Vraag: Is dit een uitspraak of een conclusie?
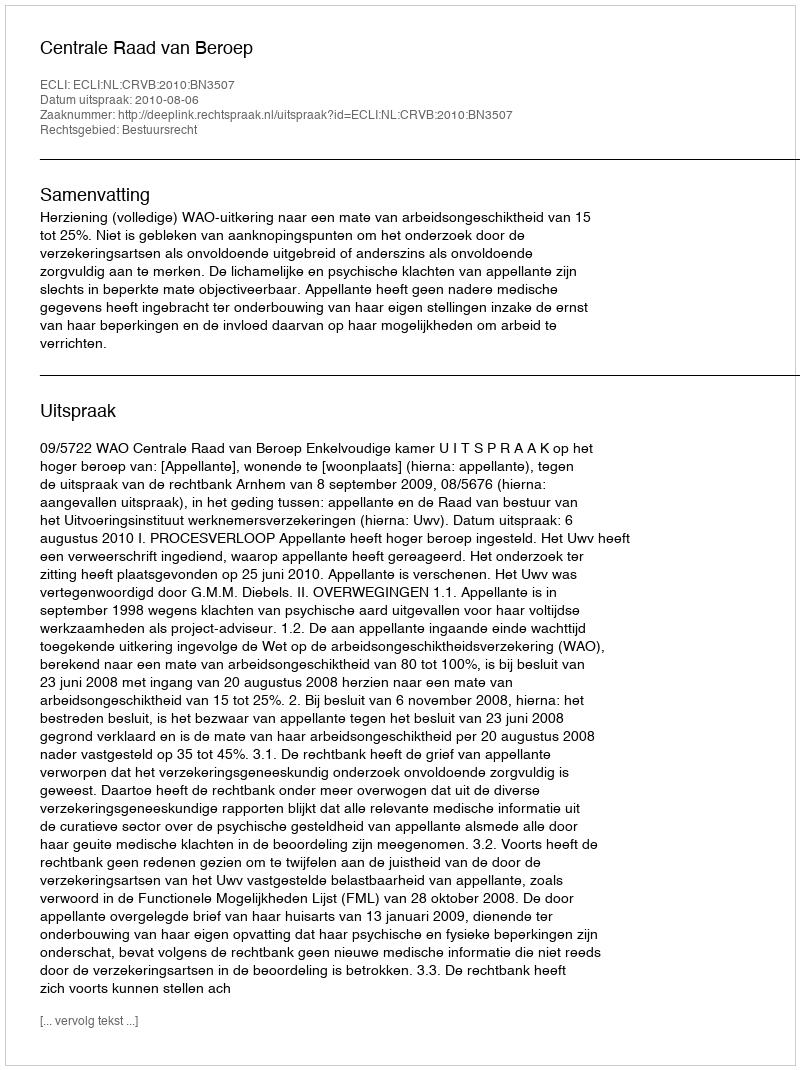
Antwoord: Uitspraak